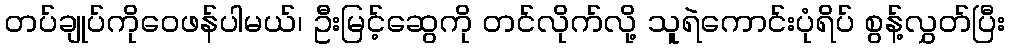
တပ်ချုပ်ကိုဝေဖန်ပါမယ်၊ ဦးမြင့်ဆွေကို တင်လိုက်လို့ သူရဲကောင်းပုံရိပ် စွန့်လွှတ်ပြီး